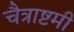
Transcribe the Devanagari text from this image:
चैत्राष्टमी